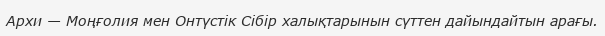
Архи — Моңғолия мен Онтүстік Сібір халықтарынын сүттен дайындайтын арағы.